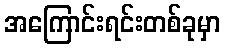
အကြောင်းရင်းတစ်ခုမှာ